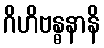
ဂိဟိဗန္ဓနာနိ